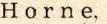
H o r n e,